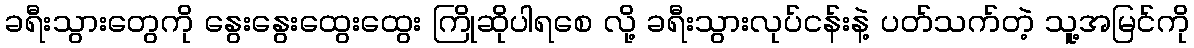
ခရီးသွားတွေကို နွေးနွေးထွေးထွေး ကြိုဆိုပါရစေ လို့ ခရီးသွားလုပ်ငန်းနဲ့ ပတ်သက်တဲ့ သူ့အမြင်ကို